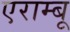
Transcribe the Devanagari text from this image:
एराम्बू